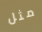
مثل